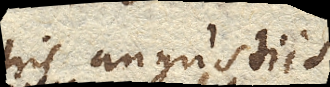
his angustiis